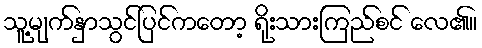
သူ့မျက်နှာသွင်ပြင်ကတော့ ရိုးသားကြည်စင် လေ၏။